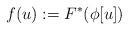
LaTeX: \begin{align*}f(u) := F^*(\phi[u]) \end{align*}